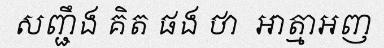
សញ្ជឹង គិត ផង ថា  ឣាត្មាឣញ